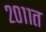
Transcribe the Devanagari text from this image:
२०११त